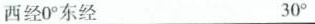
西经0^{\circ}东经 30^{\circ}